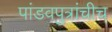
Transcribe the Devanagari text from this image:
पांडवपुत्रांचीच